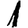
Digit: 1